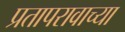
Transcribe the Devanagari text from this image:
प्रतापरावाच्या